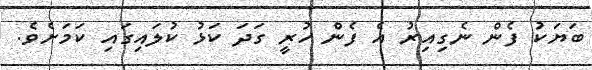
ބަޔަކު ފެން ނެގިއިރު އެ ފެން ހުރީ ގަދަ ކަޅު ކުލައިގައި ކަމަށެވެ.